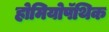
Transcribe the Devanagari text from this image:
होमियोपॅथिक